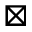
\boxtimes